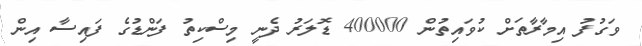
ވަގުފު އިމާރާތަށް ކުވައިތުން 400000 ޑޮލަރު ދެނީ މިސްކިތު ފަންޑުގެ ފައިސާ އިން